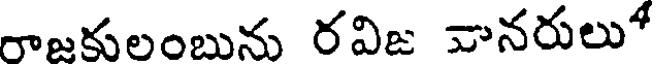
రాజకులంబును రవిజ వానరులు